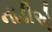
નાડીએ